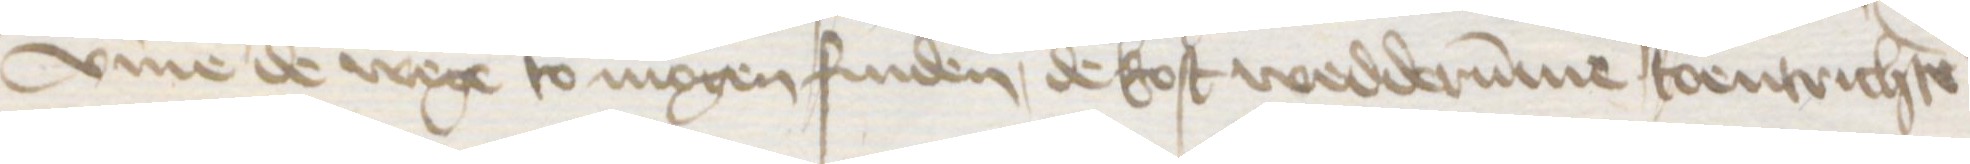
vmme de wege to mogen finden, de kost wedderumme toentrichten